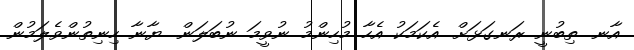
އާނ. ތިބުނީ ރަނގަޅަށް. އެކަމަކު އެހާ މުހިންމު ނުވީމަ ނުބަލަން. ޔާނާ ހިނިތުންވެލަމުން